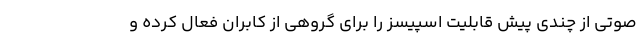
صوتی از چندی پیش قابلیت اسپیسز را برای گروهی از کابران فعال کرده و